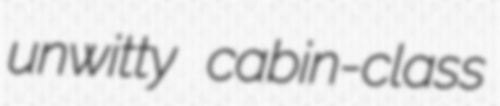
unwitty cabin-class